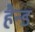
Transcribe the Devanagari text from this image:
हैन्ड